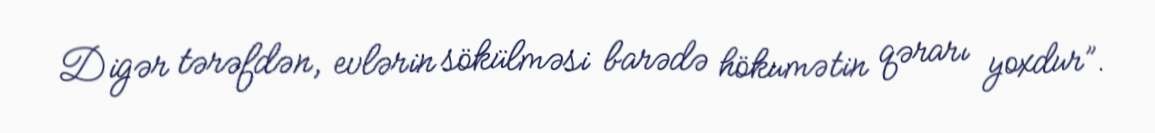
Digər tərəfdən, evlərin sökülməsi barədə hökumətin qərarı yoxdur”.